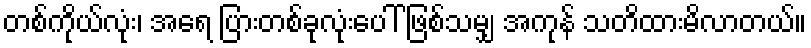
တစ်ကိုယ်လုံး၊ အရေ ပြားတစ်ခုလုံးပေါ် ဖြစ်သမျှ အကုန် သတိထားမိလာတယ်။